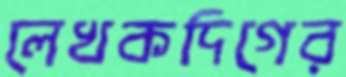
লেখকদিগের